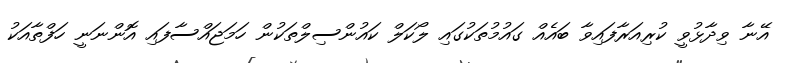
އޭނާ ވިދާޅުވީ ކުރިއަރާފައިވާ ބައެއް ގައުމުތަކުގައި ލޯކަލް ކައުންސިލްތަކުން ހަމަޖައްސާފައި އޮންނަނީ ހަފްތާއަކު